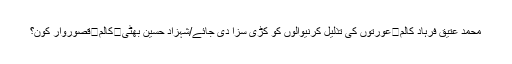
محمد عتیق فرہاد کالم	عورتوں کی تذلیل کرنیوالوں کو کڑی سزا دی جائے/شہزاد حسین بھٹی	کالم	قصوروار کون؟